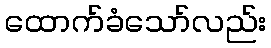
ထောက်ခံသော်လည်း